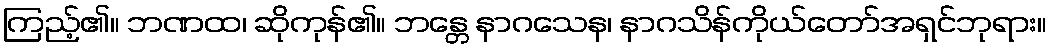
ကြည့်၏။ ဘဏထ၊ ဆိုကုန်၏။ ဘန္တေ နာဂသေန၊ နာဂသိန်ကိုယ်တော်အရှင်ဘုရား။